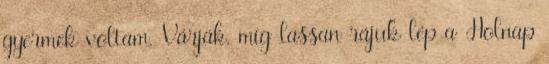
gyermek voltam, Várják, míg lassan rájuk lép a Holnap